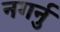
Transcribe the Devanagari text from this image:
नगर्नु